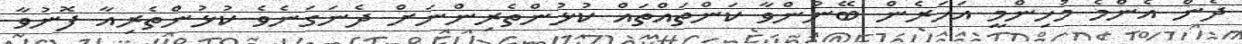
ދެން އެންމެ މުހިންމީ އަހަރެން ބޭނުންވާ ކަންތައްތައް ކުޅުންތެރިންނަށް ދެނަގަނެވެ ކުޅުންތެރިއާ ފޮނުވާ